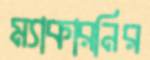
ম্যাকারনির